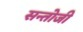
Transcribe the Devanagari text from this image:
सन्तोजी